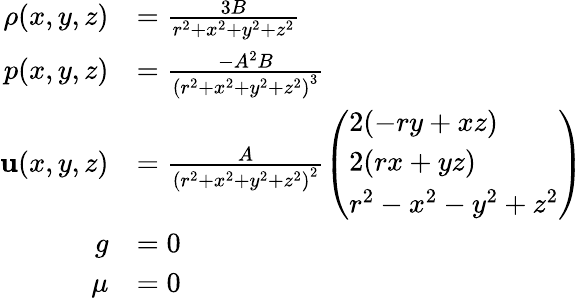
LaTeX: {\begin{array}{rl}{\rho(x,y,z)}&{={\frac{3B}{r^{2}+x^{2}+y^{2}+z^{2}}}}\\ {p(x,y,z)}&{={\frac{-A^{2}B}{\left(r^{2}+x^{2}+y^{2}+z^{2}\right)^{3}}}}\\ {\mathbf{u}(x,y,z)}&{={\frac{A}{\left(r^{2}+x^{2}+y^{2}+z^{2}\right)^{2}}}{\left(\begin{array}{l}{2(-ry+xz)}\\ {2(rx+yz)}\\ {r^{2}-x^{2}-y^{2}+z^{2}}\end{array}\right)}}\\ {g}&{=0}\\ {\mu}&{=0}\end{array}}